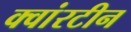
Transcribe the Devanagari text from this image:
क्वांरटीन